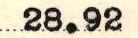
28.92